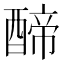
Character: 𮠺